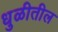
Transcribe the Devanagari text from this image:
धुळीतील